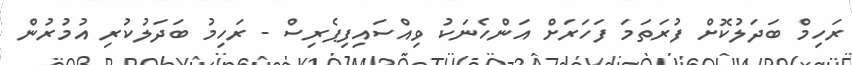
ރަހިމް ބަދަލުކޮށް ފުރަތަމަ ފަހަރަށް އަންހެނަކު ވިއްސައިފިޕެރިސް - ރަހިމު ބަދަލުކުރި އުމުރުން